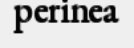
perinea